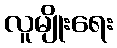
လူမျိုးရေး